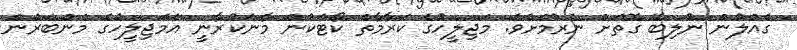
ގެއްލުން ނުލިބޭ ގޮތަށް ނެރުމަށެވެ. މަޖިލީހުގެ ކަރާމާތް ކޯޓަކުން މާނަކުރާނީ އެމަޖިލީހުގެ މެންބަރުން